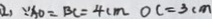
\because A O = B C = 4 c m O C = 3 c m